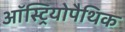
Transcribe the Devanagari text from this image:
ऑस्ट्रियोपैथिक